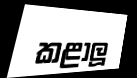
කළාලූ